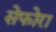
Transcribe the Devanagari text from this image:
सेफोरा